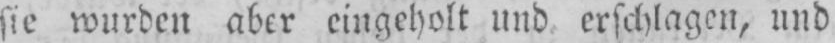
sie wurden aber eingeholt und erschlagen, und